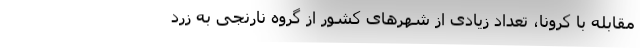
مقابله با کرونا، تعداد زیادی از شهرهای کشور از گروه نارنجی به زرد